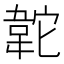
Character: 䪑